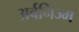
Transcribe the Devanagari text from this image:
अर्बनिज्म